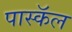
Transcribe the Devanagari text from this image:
पास्कॅल